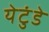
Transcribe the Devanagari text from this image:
येटुंडे